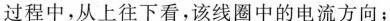
过程中，从上往下看，该线圈中的电流方向；